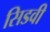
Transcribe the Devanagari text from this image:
सिडवी